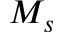
M _ { s }